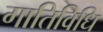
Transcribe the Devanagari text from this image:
गातिविधि